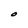
Character: O